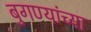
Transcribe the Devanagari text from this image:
बुगण्यांच्या